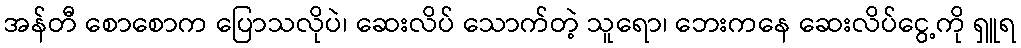
အန်တီ စောစောက ပြောသလိုပဲ၊ ဆေးလိပ် သောက်တဲ့ သူရော၊ ဘေးကနေ ဆေးလိပ်ငွေ့ကို ရှူရ